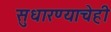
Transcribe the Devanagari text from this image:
सुधारण्याचेही